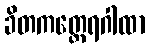
ခိတကတ္ထေရဂါထာ